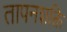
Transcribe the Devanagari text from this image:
तापनशक्ति